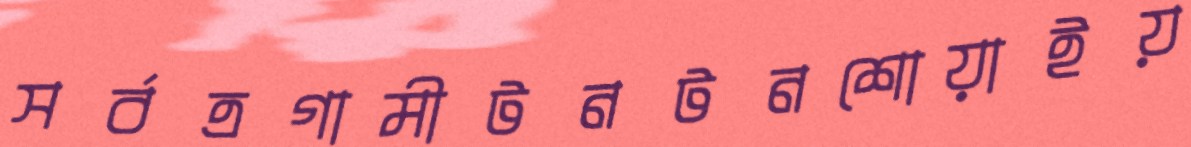
সর্বত্রগামীটনটনশোয়াইয়